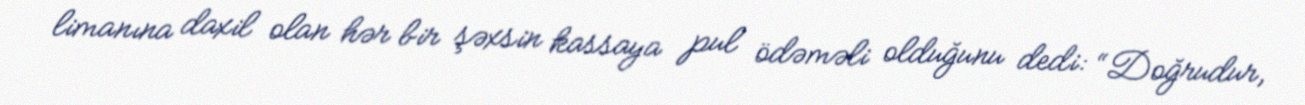
limanına daxil olan hər bir şəxsin kassaya pul ödəməli olduğunu dedi: “Doğrudur,